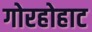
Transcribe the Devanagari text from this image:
गोरहोहाट